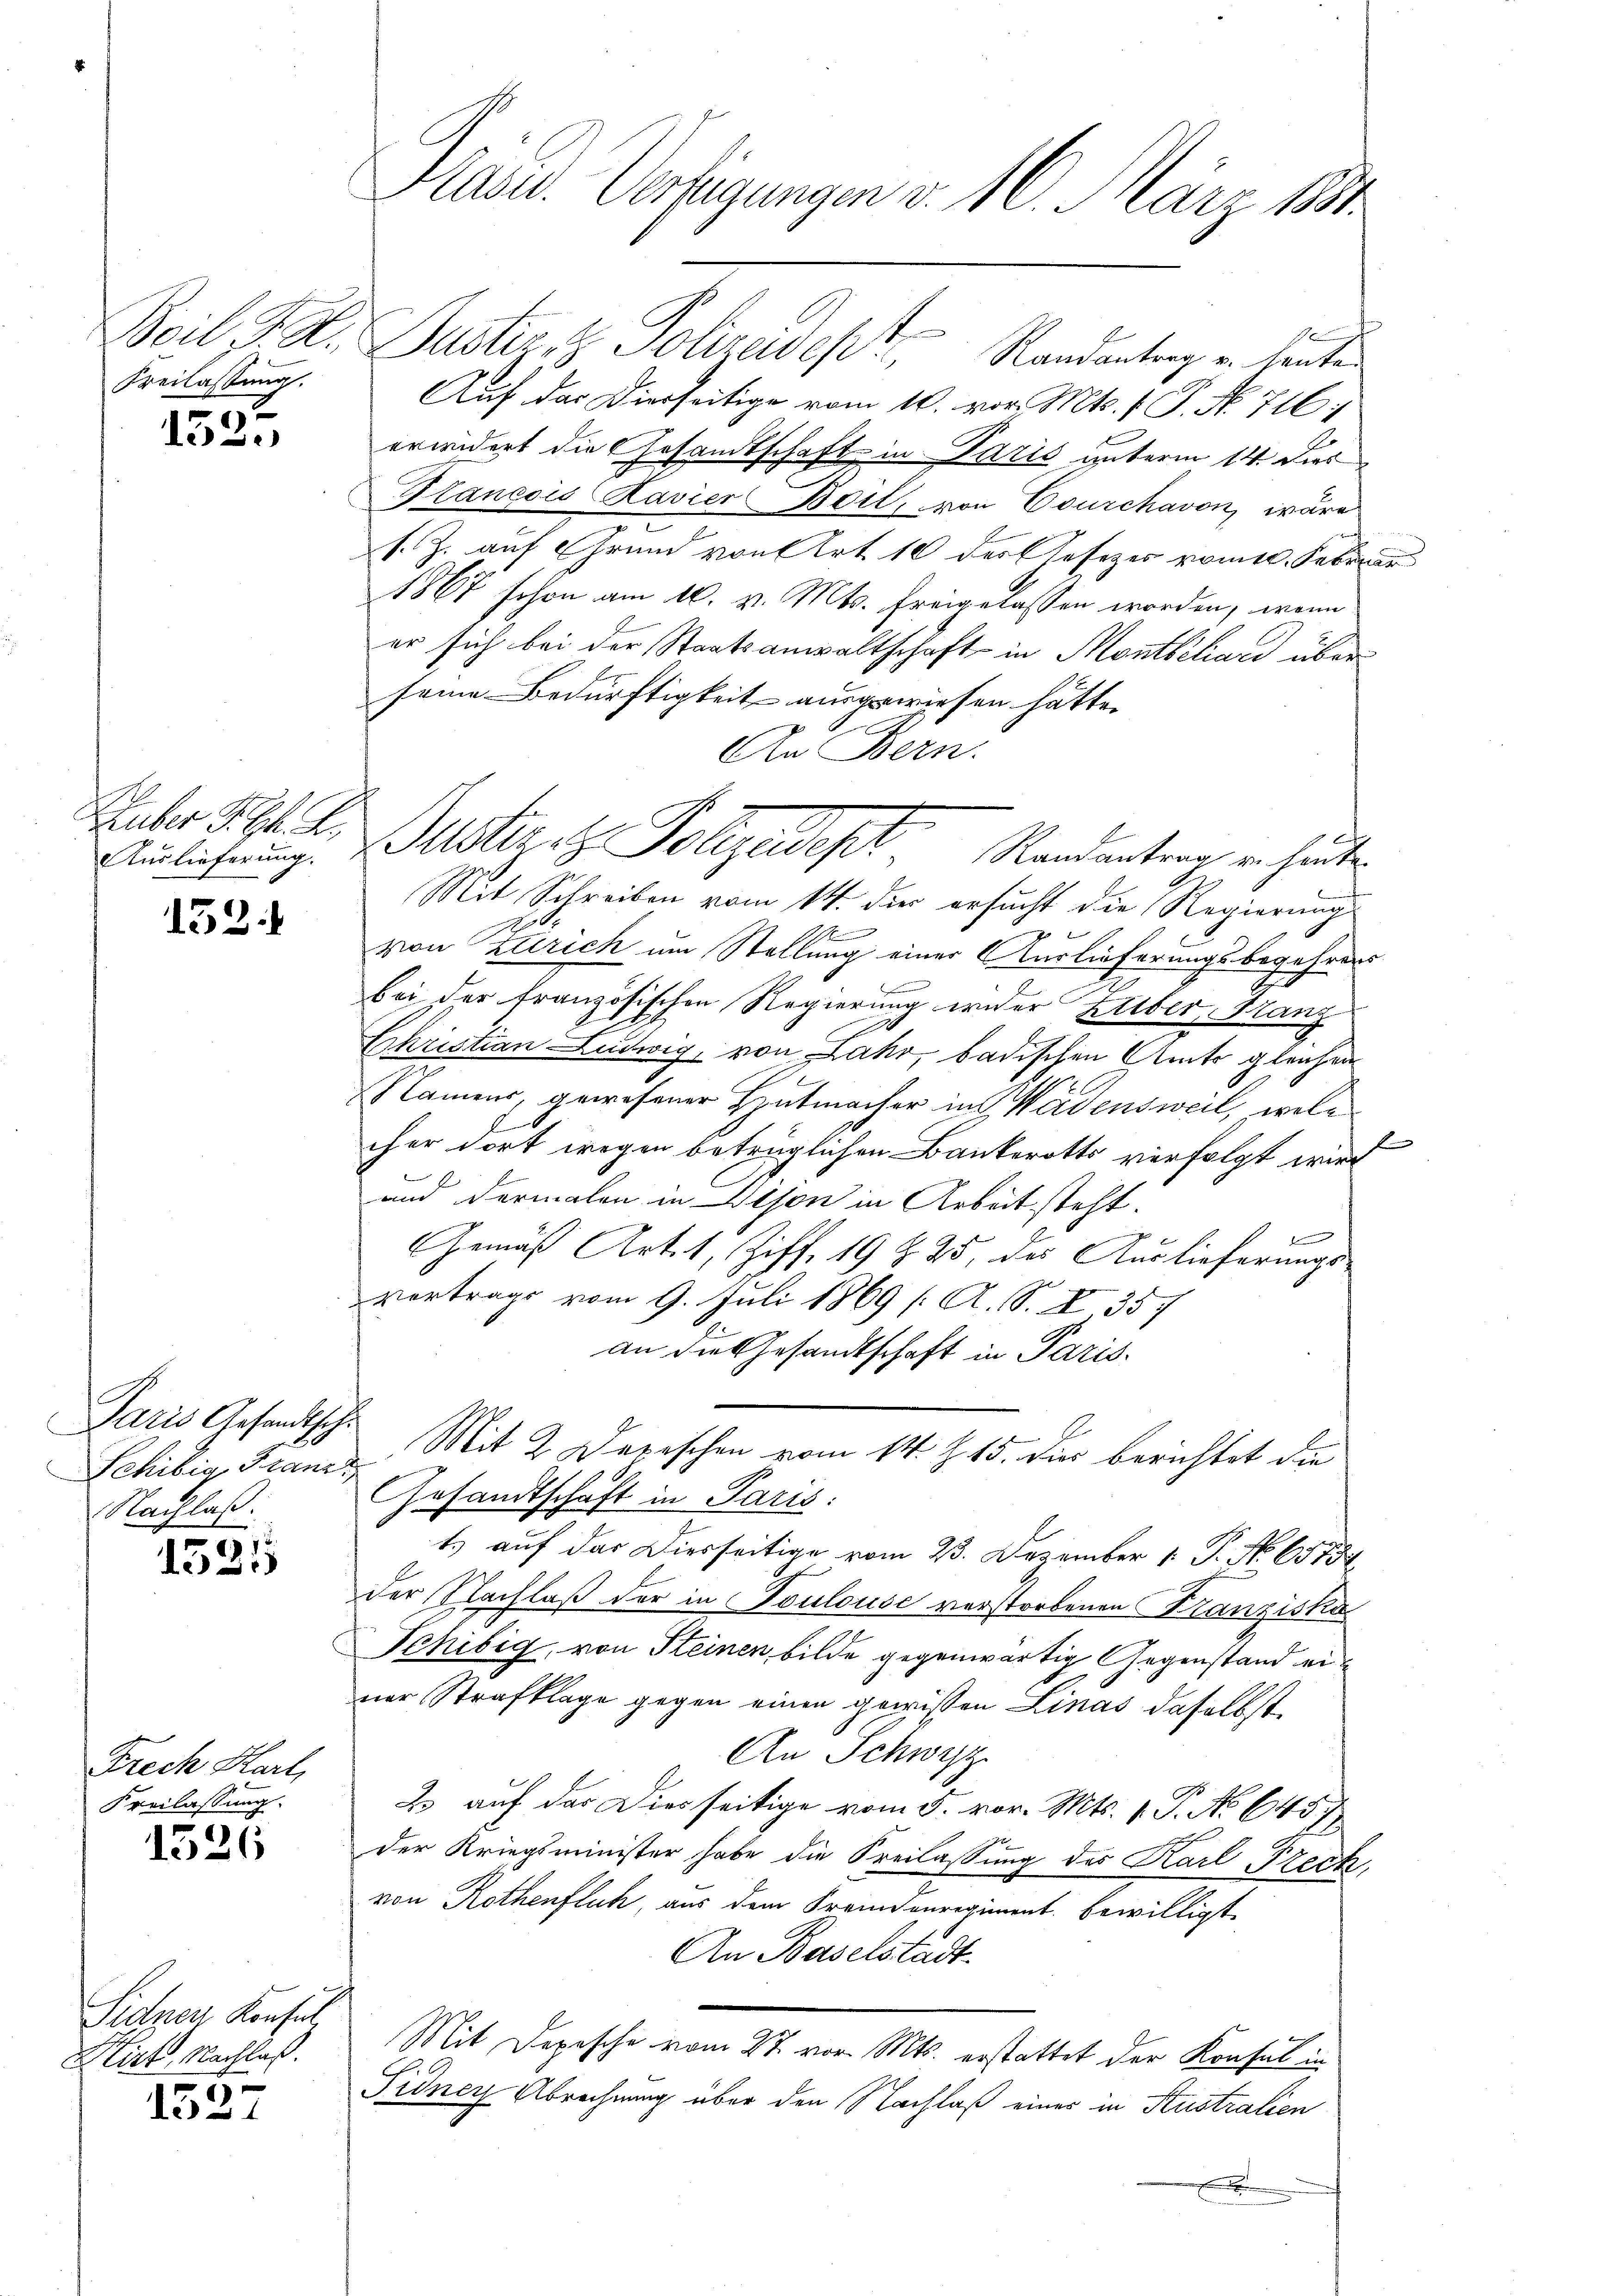
Freilassung.

5
le.)

Auslieferung.

152:

Paris Gesandtschi
Sehibig Franz
Nachlaß.

1
i) 3)

Frech Harl,
Freilassung.

1526

Sidner Konsul
Hirt, Nachlaß.

1527

Pläne. Verfügungen v. 16. März 1890.

Beil d. M. Justiz & Polizeidept Randantrag u. lauten
Auf der Dierseitige vom 10. vor. Mts. 1. P. N. 716;
erwidert die Gesandtschaft in Paris unterm 14. Dies
Blancois Ravier Beil, von Courchavon, wäre
s. Z. auf Grund von Art. 10 der Gesezes vom 1. Febr. un
1867 schon am 16. v. Mts. freigelassen worden, wenn
er sich bei der Staatsanwaltschaft in Montbiliard über
seine Bedürftigkeit ausgewiesen hätte.
An Bern.
Mit Schreiben vom 14. die ersucht die Regierung
.
A
von Zürich um Stellung einer Auslieferungsbegehrens
f
bei der französischen Regierung wider Lieber, Franz
88
Christian Ludwig, von Jahr, badischen Amts gleichen
Camens, gewesener Hutmacher in Wädensweil, welc
l
cher dort wegen betrüglichen Bankerotts verfolgt wird
b
und dermalen in Vison in Arbeit steht.
i
Gemäß Art. 1, Ziff. 19 Z. 25, des Auslieferungsvortrags vom 9. Juli 1869 (: A. S. I 357
an die Gesandtschaft in Paris.
Mit 2 Depeschen vom 14. Z. 15. dies berichtet die
Gesandtschaft in Paris:
t) auf das Diesseitige vom 23. Dezember 1. P. No. 65754
der Nachlaß der in Toulouse verstorbenen Kranziskus
Jchibig, von Steinen, bilde gegenwärtig Gegenstand einer Strafklage gegen einen gewissen Linas daselbst
An Schwyz
2 auf der Diesseitige vom 5. vor. Mts. 1. P. No 645)
der Kriegsminister habe die Freilassung des Karl Freih
von Rothenfluh, aus dem Fremdenregiment bewilligt.
An Baselstadt.
Mit Depesche vom 27. vor. Mts. erstattet der Konsul in
.
Pidney Abrechnung über den Nachlaß einer in Stustralien
.

Huber Prof. Dr Justiret Polizendest. Randantrag in heuten

f